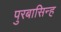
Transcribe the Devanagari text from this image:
पुरबासिन्ह